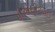
પીએસીઆઈ